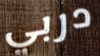
دربي